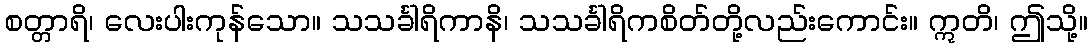
စတ္တာရိ၊ လေးပါးကုန်သော။ သသင်္ခါရိကာနိ၊ သသင်္ခါရိကစိတ်တို့လည်းကောင်း။ ဣတိ၊ ဤသို့။